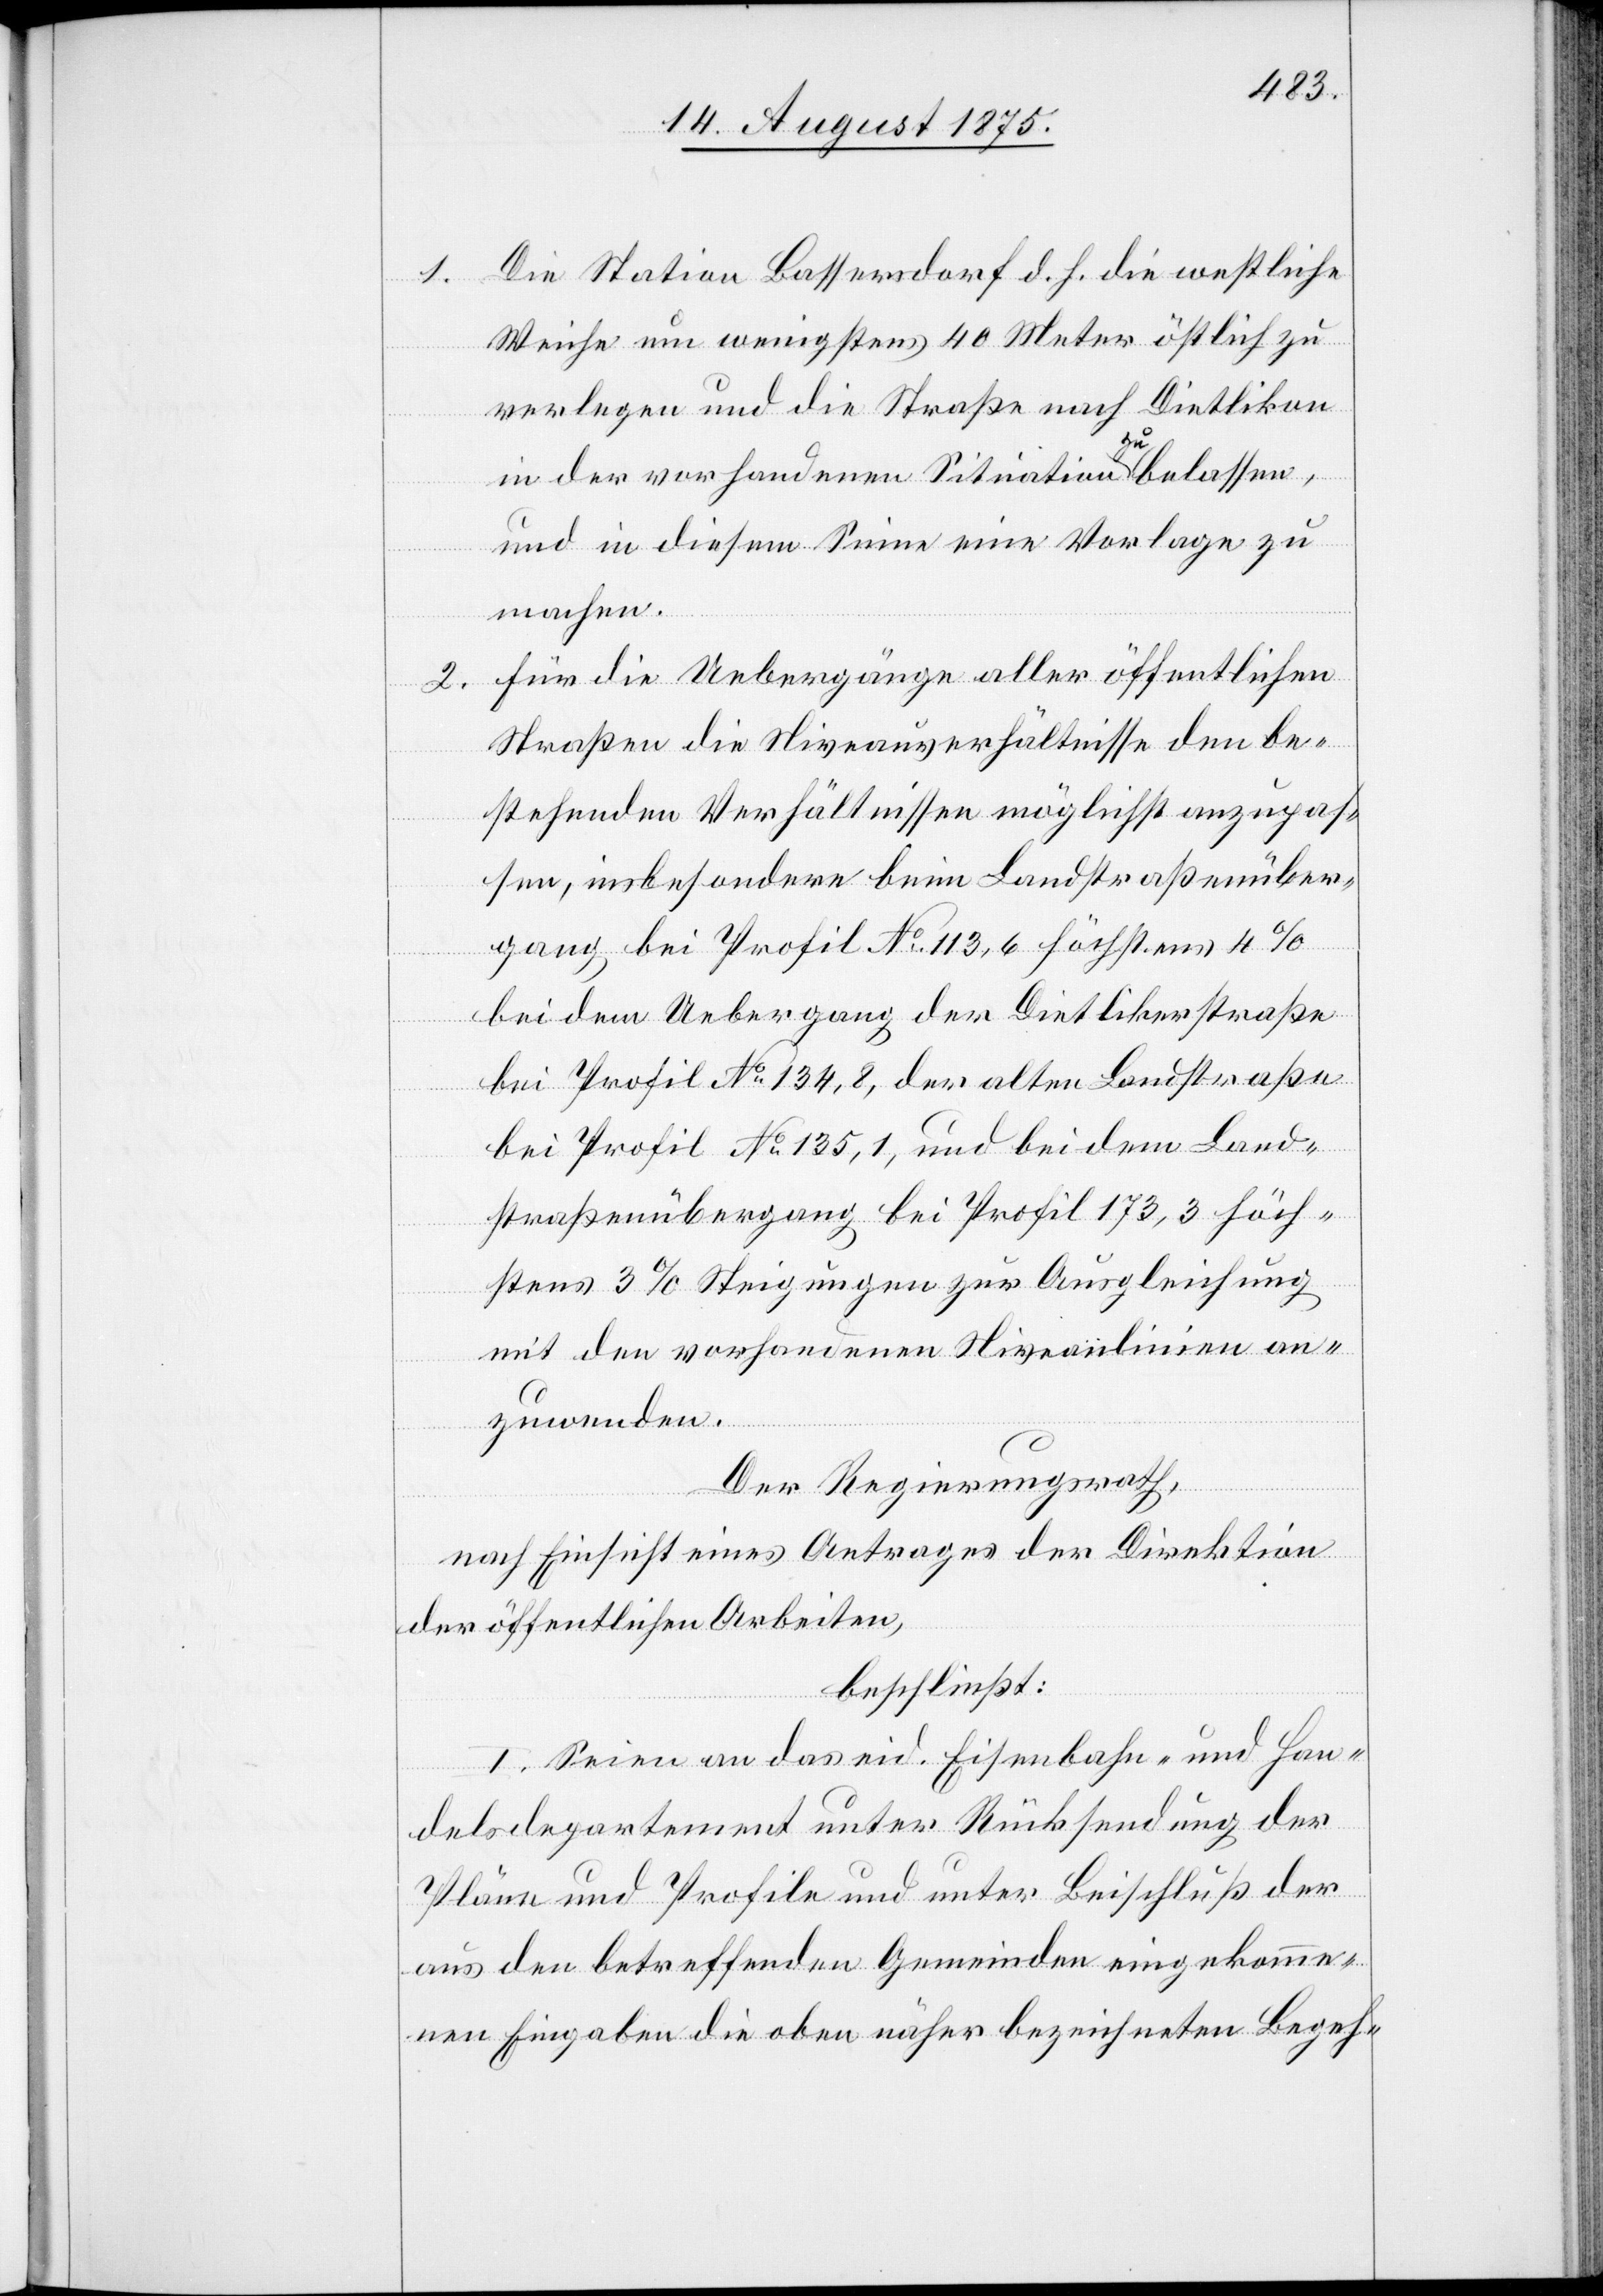
1.

2.

Die Station Bassersdorf d. h. die westliche
Weiche um wenigstens 40 Meter östlich zu
verlegen und die Straße nach Dietlikon
in der vorhandenen Situation zu belassen,
und in diesem Sinne eine Vorlage zu
machen.
Für die Uebergänge aller öffentlichen
Straßen die Niveauverhältnisse den be¬
stehenden Verhältnissen möglichst anzupas¬
sen, insbesondere beim Landstraßenüber¬
gang bei Profil No 113,6 höchstens 4%
bei dem Uebergang der Dietlikerstraße
bei Profil No 134,8, der alten Landstraße
bei Profil No 135,1, und bei dem Land¬
straßenübergang bei Profil [No] 173,3 höch¬
stens 3% Steigungen zur Ausgleichung
mit den vorhandenen Niveaulinien an¬
zuwenden.
Der Regierungsrath,
nach Einsicht eines Antrages der Direktion
der öffentlichen Arbeiten,
beschließt:
I. Seien an das eid. Eisenbahn- und Han¬
delsdepartement unter Rücksendung der
Pläne und Profile und unter Beschluß der
aus den betreffenden Gemeinden eingekomme¬
nen Eingaben die oben näher bezeichneten Begeh-